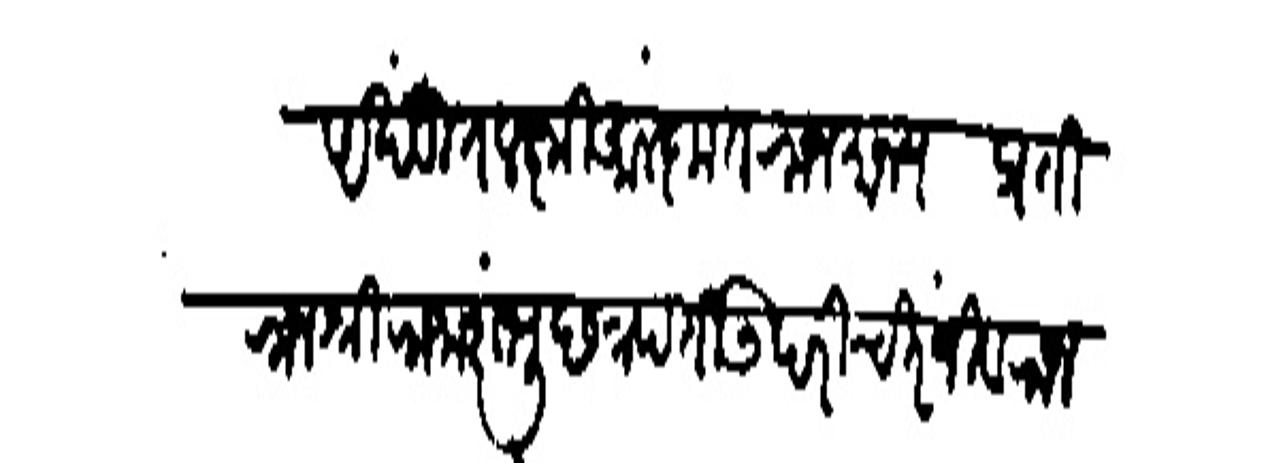
Transliteration (Devanagari): अखंडित लक्ष्मी आलंकृत राजमान्य प्रति राजश्री राजा शंभु छत्रपति उपरि चिरंजीव राजश्री